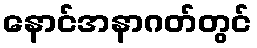
နောင်အနာဂတ်တွင်